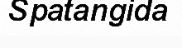
Spatangida